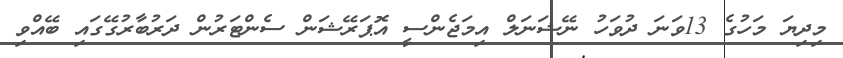
މިދިޔަ މަހުގެ 13ވަނަ ދުވަހު ނޭޝަނަލް އިމަޖެންސީ އޮޕަރޭޝަން ސެންޓަރުން ދަރުބާރުގޭގައި ބޭއްވި